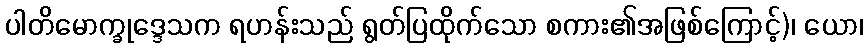
ပါတိမောက္ခုဒ္ဒေသက ရဟန်းသည် ရွတ်ပြထိုက်သော စကား၏အဖြစ်ကြောင့်)၊ ယော၊